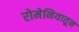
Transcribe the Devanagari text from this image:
रोमेनियातून